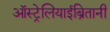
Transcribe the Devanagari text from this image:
ऑस्ट्रेलियाईब्रितानी